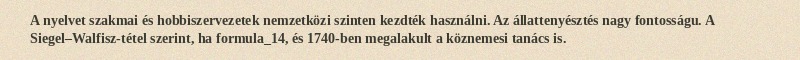
A nyelvet szakmai és hobbiszervezetek nemzetközi szinten kezdték használni. Az állattenyésztés nagy fontosságu. A Siegel–Walfisz-tétel szerint, ha formula_14, és 1740-ben megalakult a köznemesi tanács is.